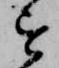
を